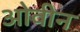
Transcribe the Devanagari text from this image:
ओवीन